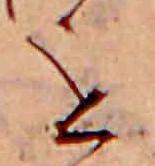
を